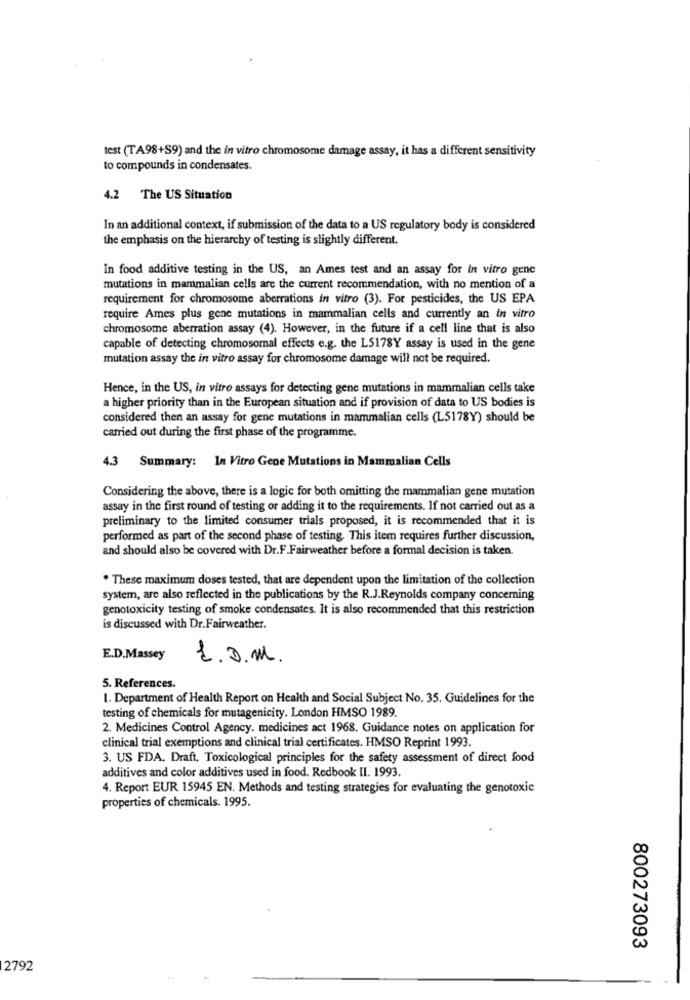
test (TA98+S9) and the in vitro chromosome damage assay, it has a different sensitivity
to compounds in condensates.
4.2 The US Situation
In an additional context, if submission of the data to a US regulatory body is considered
the emphasis on the hierarchy of testing is slightly different.
In food additive testing in the US, an Ames test and an assay for in vitro gene
mutations in mammalian cells are the current recommendation, with no mention of a
requirement for chromosome aberrations in vitro (3). For pesticides, the US EPA
require Ames plus gene mutations in mammalian cells and currently an in vitro
chromosome aberration assay (4). However, in the future if a cell line that is also
capable of detecting chromosomal effects e.g. the L5178Y assay is used in the gene
mutation assay the in vitro assay for chromosome damage will not be required.
Hence, in the US, in vitro assays for detecting gene mutations in mammalian cells take
a higher priority than in the European situation and if provision of data to US bodies is
considered then an assay for gene mutations in mammalian cells (L5178Y) should be
carried out during the first phase of the programme.
4.3 Summary: In Vitro Gene Mutations in Mammalian Cells
Considering the above, there is a logic for both omitting the mammalian gene mutation
assay in the first round of testing or adding it to the requirements. If not carried out as a
preliminary to the limited consumer trials proposed, it is recommended that it is
performed as part of the second phase of testing. This item requires further discussion,
and should also be covered with Dr.F.Fairweather before a formal decision is taken.
. These maximum doses tested, that are dependent upon the limitation of the collection
system, are also reflected in the publications by the R.J.Reynolds company concerning
genotoxicity testing of smoke condensates. It is also recommended that this restriction
is discussed with Dr. Fairweather.
E.D.Massey
1. O.M.
5. References.
1. Department of Health Report on Health and Social Subject No. 35. Guidelines for the
testing of chemicals for mutagenicity. London HMSO 1989.
2. Medicines Control Agency. medicines act 1968. Guidance notes on application for
clinical trial exemptions and clinical trial certificates. HMSO Reprint 1993.
3. US FDA. Draft, Toxicological principles for the safety assessment of direct food
additives and color additives used in food. Redbook II. 1993.
4. Report EUR 15945 EN. Methods and testing strategies for evaluating the genotoxic
properties of chemicals. 1995.
800273093
2792
--